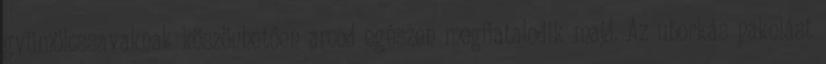
gyümölcssavaknak köszönhetően arcod egészen megfiatalodik majd. Az uborkás pakolást